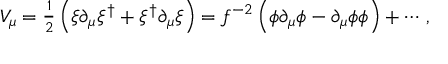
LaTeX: V _ { \mu } = { \textstyle \frac { 1 } { 2 } } \left( \xi \partial _ { \mu } \xi ^ { \dagger } + \xi ^ { \dagger } \partial _ { \mu } \xi \right) = f ^ { - 2 } \left( \phi \partial _ { \mu } \phi - \partial _ { \mu } \phi \phi \right) + \cdots \, ,